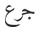
جرع